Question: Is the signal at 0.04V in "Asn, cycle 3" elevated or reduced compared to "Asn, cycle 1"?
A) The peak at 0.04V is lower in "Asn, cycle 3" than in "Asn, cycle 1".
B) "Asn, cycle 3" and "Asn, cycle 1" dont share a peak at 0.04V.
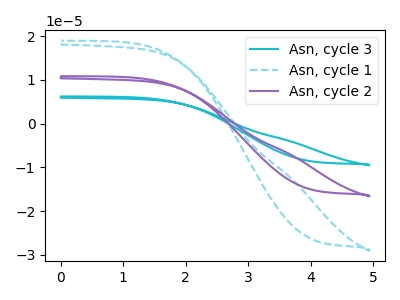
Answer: <think>The cyan curve "Asn, cycle 3" has no peaks. The cyan dashed curve "Asn, cycle 1" has no peaks. The purple curve "Asn, cycle 2" has no peaks.</think>
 <answer>B) "Asn, cycle 3" and "Asn, cycle 1" dont share a peak at 0.04V.</answer>
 <eval>B</eval>